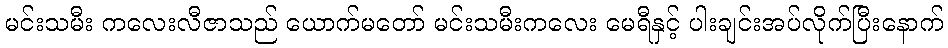
မင်းသမီး ကလေးလီဇာသည် ယောက်မတော် မင်းသမီးကလေး မေရီနှင့် ပါးချင်းအပ်လိုက်ပြီးနောက်